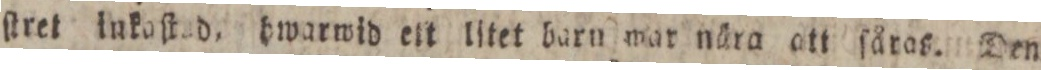
ſtret lukoſted, hwarwid ett litet barn mar nära att fåras. Den